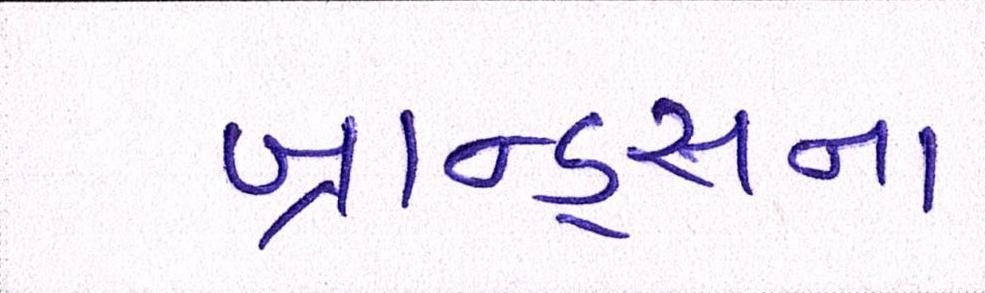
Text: બ્રાન્ડ્સના